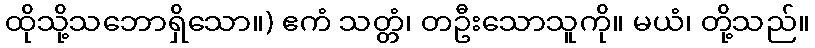
ထိုသို့သဘောရှိသော။) ဧကံ သတ္တံ၊ တဦးသောသူကို။ မယံ၊ တို့သည်။